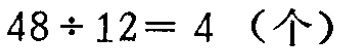
\(48\div 12 = 4\)（个）